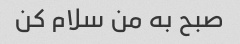
صبح به من سلام کن